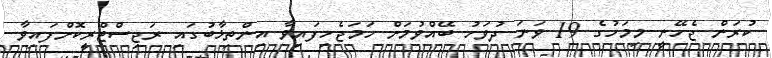
ކުރަން ޖެހޭނީ މިމަހުގެ 19 ވަނަ ދުވަހު ބޭއްވުމަށް ހަމަޖެހިފައިވާ އިންތިޚާބުގައި ރަޖިސްޓްރީކޮށްފައިވާ